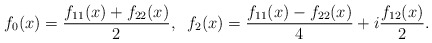
\begin{align*}f_{0}(x) = \frac{f_{11}(x)+f_{22}(x)}{2}, \; \;f_{2}(x) = \frac{f_{11}(x)-f_{22}(x)}{4} + i \frac{f_{12}(x)}{2}.\end{align*}